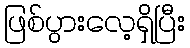
ဖြစ်ပွားလေ့ရှိပြီး